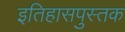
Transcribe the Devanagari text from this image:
इतिहासपुस्तक